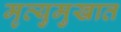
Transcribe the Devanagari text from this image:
मृत्युमुखात